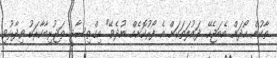
ތާކުން ހޯދަން އެބަޖެހޭ. ދައުލަތަަކަށް އެ ފޯރުކޮށެއް ނުދެވޭ" އިގްތިސާދީ ތަޖުރިބާކާރަކު ވިދާޅުވި